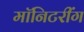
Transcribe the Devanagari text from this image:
मॉनिटरींग